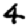
Digit: 4